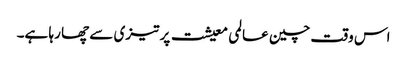
اس وقت چین عالمی معیشت پر تیزی سے چھا رہا ہے۔